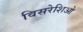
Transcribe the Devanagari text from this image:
विसरेशिओ